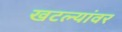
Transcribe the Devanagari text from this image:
खटल्यांवर